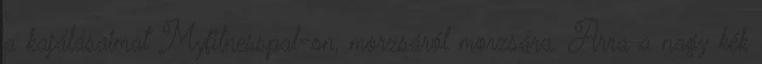
a kajálásaimat Myfitnesspal-on, morzsáról morzsára. Arra a nagy kék